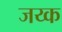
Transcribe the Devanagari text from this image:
जय्क